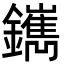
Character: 䥴